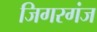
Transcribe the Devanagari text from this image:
जिगरगंज